Source: Handwritten
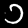
Digit: ၁ (1)